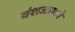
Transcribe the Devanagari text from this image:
वंशजाम्ध्ये